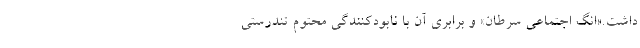
داشت.«انگ اجتماعی سرطان» و برابری آن با نابودکنندگی محتوم تندرستی